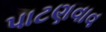
પાટણવાવ